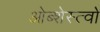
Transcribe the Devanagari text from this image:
ओब्शेस्त्वो